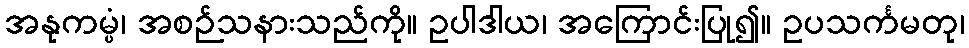
အနုကမ္ပံ၊ အစဉ်သနားသည်ကို။ ဥပါဒါယ၊ အကြောင်းပြု၍။ ဥပသင်္ကမတု၊